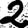
Digit: 2